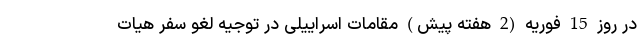
در روز 15 فوریه (2 هفته پیش) مقامات اسراییلی در توجیه لغو سفر هیات